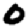
Digit: 0